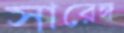
সারেঙ্গ